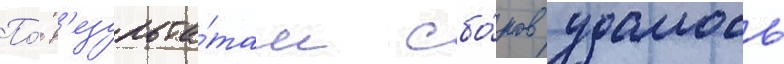
По́ р'езульта́там сбо́ров удалось